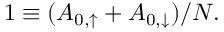
\begin{array} { r } { 1 \equiv ( A _ { 0 , \uparrow } + A _ { 0 , \downarrow } ) / N . } \end{array}